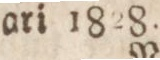
ari 1828.